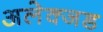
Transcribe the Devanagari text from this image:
अलेक्जड